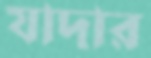
যাদার